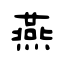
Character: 燕